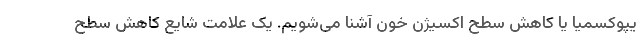
یپوکسمیا یا کاهش سطح اکسیژن خون آشنا می‌شویم. یک علامت شایع کاهش سطح